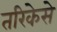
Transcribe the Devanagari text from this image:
तरिकेसे